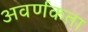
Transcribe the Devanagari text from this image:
अवर्णकता